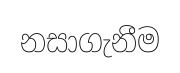
නසාගැනීම